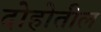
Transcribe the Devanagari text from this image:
दोहोतील